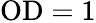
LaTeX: \mathrm{OD}=1